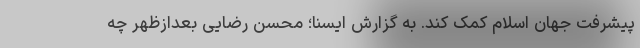
پیشرفت جهان اسلام کمک کند. به گزارش ایسنا؛ محسن رضایی بعدازظهر چه